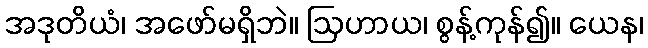
အဒုတိယံ၊ အဖော်မရှိဘဲ။ ဩဟာယ၊ စွန့်ကုန်၍။ ယေန၊